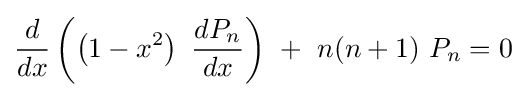
{\frac {d}{dx}}\left(\left(1-x^{2}\right)\ {\frac {dP_{n}}{dx}}\right)\ +\ n(n+1)\ P_{n}=0